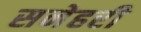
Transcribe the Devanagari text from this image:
सनेहरी